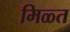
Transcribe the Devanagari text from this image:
मिळ्त